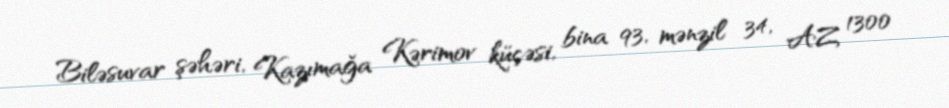
Biləsuvar şəhəri, Kazımağa Kərimov küçəsi, bina 93, mənzil 34, AZ 1300